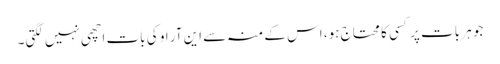
جو ہر بات پر کسی کا محتاج ہو، اس کے منہ سے این آر او کی بات اچھی نہیں لگتی۔